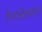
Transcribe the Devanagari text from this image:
गिर्यारोहकाचा